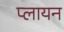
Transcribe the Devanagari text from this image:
प्लायन